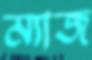
ম্যাজ